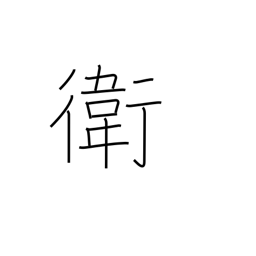
Meaning: protection